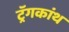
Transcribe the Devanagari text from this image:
ट्रॅगकांथ